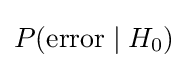
P({\text{error}}\mid H_{0})